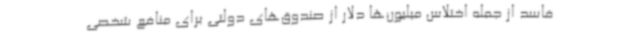
فاسد از جمله اختلاس میلیون‌ها دلار از صندوق‌های دولتی برای منافع شخصی